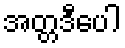
အတ္တဒီပေါ